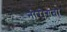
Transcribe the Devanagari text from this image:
नीरोगता